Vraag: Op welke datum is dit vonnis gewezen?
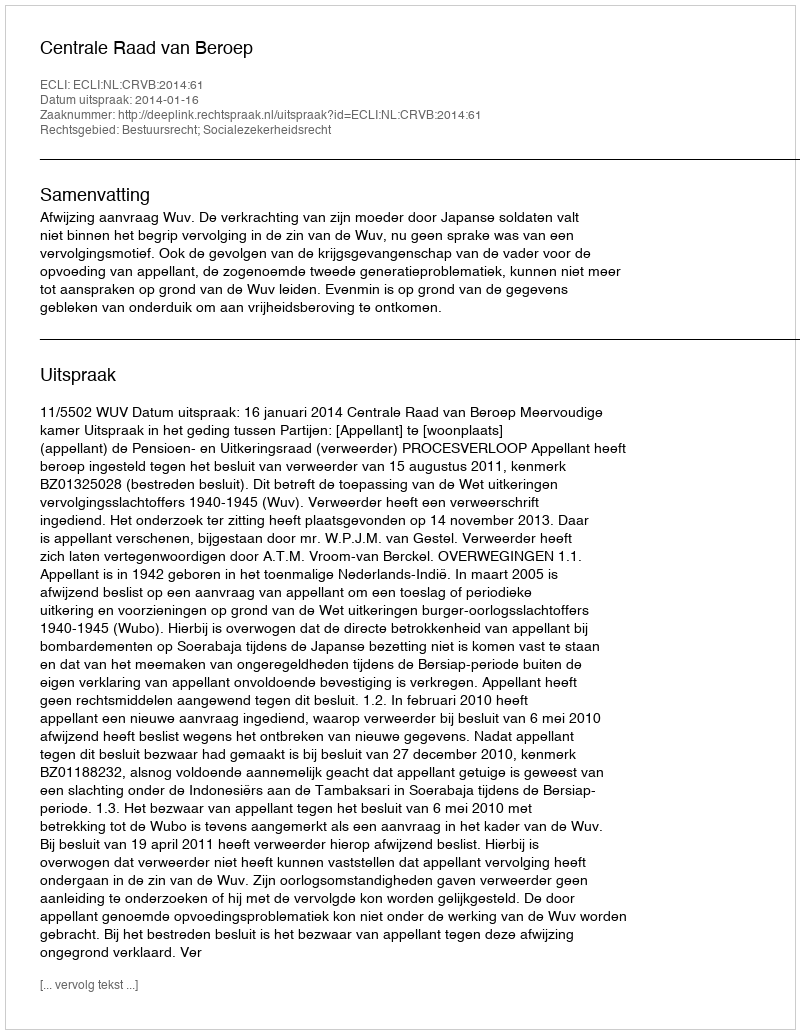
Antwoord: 2014-01-16